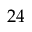
2 4